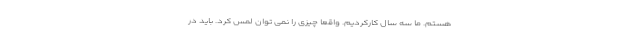
هستم. ما سه سال کارکردیم. واقعا چیزی را نمی توان لمس کرد. باید در